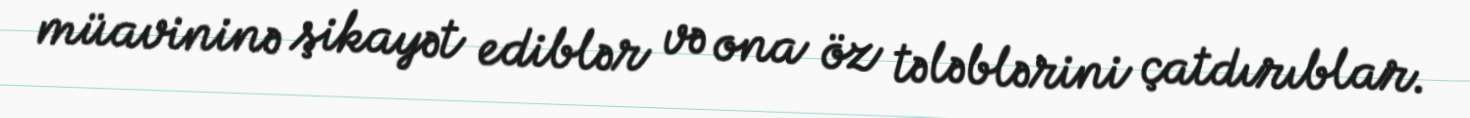
müavininə şikayət ediblər və ona öz tələblərini çatdırıblar.